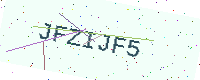
Text: JFZIJF5